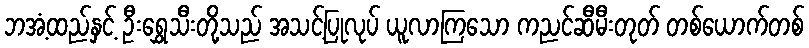
ဘအံ့ထည်နှင့် ဦးရွှေသီးတို့သည် အသင့်ပြုလုပ် ယူလာကြသော ကညင်ဆီမီးတုတ် တစ်ယောက်တစ်